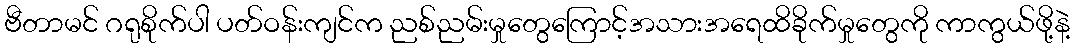
ဗီတာမင် ဂရုစိုက်ပါ ပတ်ဝန်းကျင်က ညစ်ညမ်းမှုတွေကြောင့်အသားအရေထိခိုက်မှုတွေကို ကာကွယ်ဖို့နဲ့